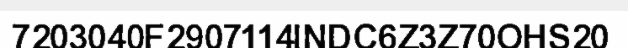
7203040F2907114INDC6Z3Z70OHS20